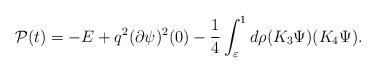
\begin{align*}{\cal P}(t)=-E+q^2 (\partial \psi)^2(0)-\frac14\int_{\varepsilon}^{1} d\rho (K_3 \Psi)(K_4 \Psi).\end{align*}